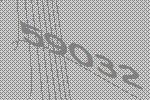
59032